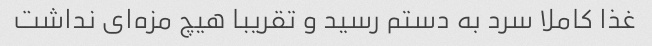
غذا کاملا سرد به دستم رسید و تقریبا هیچ مزه‌ای نداشت